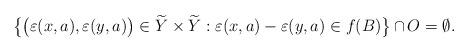
LaTeX: \begin{align*}\bigl\{\bigl(\varepsilon(x,a), \varepsilon(y,a)\bigr)\in\widetilde{Y}\times\widetilde{Y}: \varepsilon(x,a)-\varepsilon(y,a)\in f(B)\bigl\}\,\cap\,O=\emptyset. \end{align*}